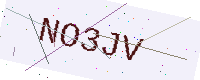
Text: NO3JV